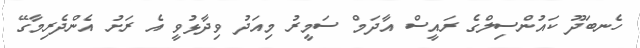
ހެނބަދޫ ކައުންސިލްގެ ރައީސް އާދަމް ސަމީރު މިއަދު ވިދާޅުވީ އެ ރަށު އެންދެރިމާގޭ